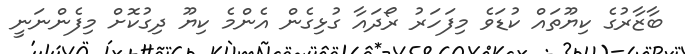
ބާޒާރުގެ ކިޔޫތައް ކުޑަވެ މިފަހަރު ރޯދައާ ގުޅިގެން އެންމެ ކިޔޫ ދިގުކޮށް މިފެންނަނީ